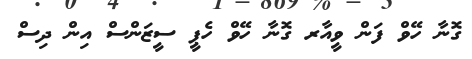
ގޮނާ ހޭވް ފަން ވީއާރ ގޮނާ ހޭވް ހެޕީ ސީޒަންސް އިން ދިސް